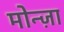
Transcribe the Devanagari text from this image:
मोन्ज़ा